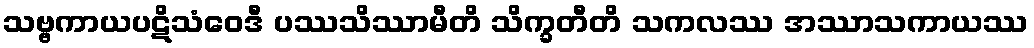
သဗ္ဗကာယပဋိသံဝေဒီ ပဿသိဿာမီတိ သိက္ခတီတိ သကလဿ အဿာသကာယဿ